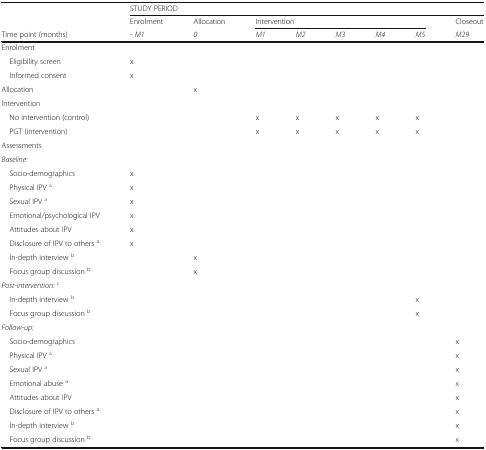
|  | <COLSPAN=8> STUDY PERIOD |
 |  | Enrolment | Allocation | <COLSPAN=5> Intervention | Closeout |
 | Time point (months) | - M1 | 0 | M1 | M2 | M3 | M4 | M5 | M29 |
 | --- | --- | --- | --- | --- | --- | --- | --- | --- |
 | Enrolment |  |  |  |  |  |  |  |  |
 | Eligibility screen | x |  |  |  |  |  |  |  |
 | Informed consent | x |  |  |  |  |  |  |  |
 | Allocation |  | x |  |  |  |  |  |  |
 | Intervention |  |  |  |  |  |  |  |  |
 | No intervention (control) |  |  | x | x | x | x | x |  |
 | PGT (intervention) |  |  | x | x | x | x | x |  |
 | Assessments |  |  |  |  |  |  |  |  |
 | Baseline: |  |  |  |  |  |  |  |  |
 | Socio-demographics | x |  |  |  |  |  |  |  |
 | Physical IPV a | x |  |  |  |  |  |  |  |
 | Sexual IPV a | x |  |  |  |  |  |  |  |
 | Emotional/psychological IPV | x |  |  |  |  |  |  |  |
 | Attitudes about IPV | x |  |  |  |  |  |  |  |
 | Disclosure of IPV to others a | x |  |  |  |  |  |  |  |
 | In-depth interview b |  | x |  |  |  |  |  |  |
 | Focus group discussion b |  | x |  |  |  |  |  |  |
 | Post-intervention:c |  |  |  |  |  |  |  |  |
 | In-depth interview b |  |  |  |  |  |  | x |  |
 | Focus group discussion b |  |  |  |  |  |  | x |  |
 | Follow-up: |  |  |  |  |  |  |  |  |
 | Socio-demographics |  |  |  |  |  |  |  | x |
 | Physical IPV a |  |  |  |  |  |  |  | x |
 | Sexual IPV a |  |  |  |  |  |  |  | x |
 | Emotional abuse a |  |  |  |  |  |  |  | x |
 | Attitudes about IPV |  |  |  |  |  |  |  | x |
 | Disclosure of IPV to others a |  |  |  |  |  |  |  | x |
 | In-depth interview b |  |  |  |  |  |  |  | x |
 | Focus group discussion b |  |  |  |  |  |  |  | x |